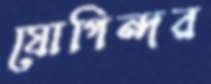
যোগিন্দর